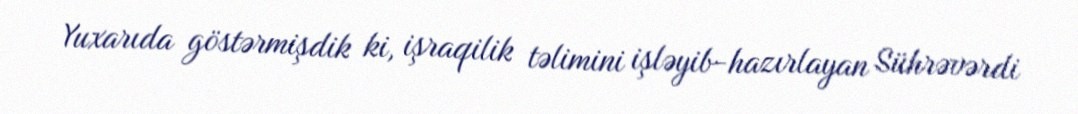
Yuxarıda göstərmişdik ki, işraqilik təlimini işləyib-hazırlayan Sührəvərdi